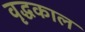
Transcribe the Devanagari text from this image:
वृद्धकाल